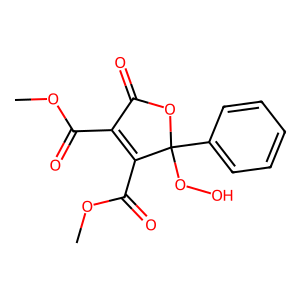
SMILES: COC(=O)C1=C(C(=O)OC)C(OO)(c2ccccc2)OC1=O
Inhibits HIV replication: No